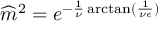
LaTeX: \widehat { m } ^ { 2 } = e ^ { - \frac { 1 } { \nu } \arctan ( \frac { 1 } { \nu \epsilon } ) }